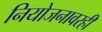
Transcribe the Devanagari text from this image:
नियोजनावरही